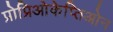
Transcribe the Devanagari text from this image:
प्रोप्रिओकेप्तिओन